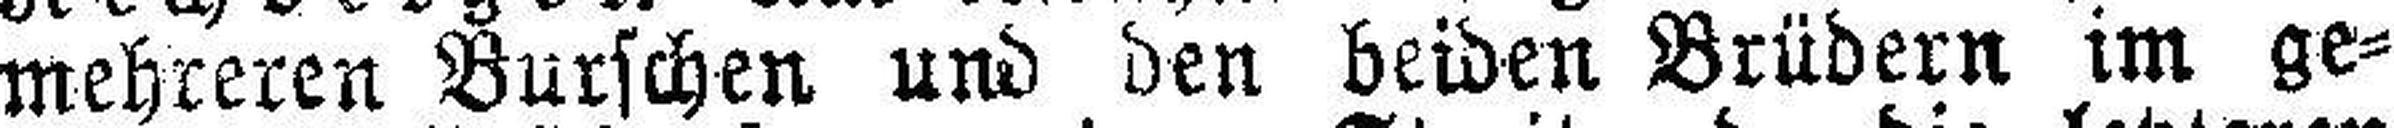
mehreren Burschen und den beiden Brüdern im ge¬